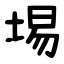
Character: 埸